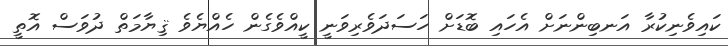
ކައިވެނިކުރާ އަނބިންނަށް އެހައި ބޮޑަށް ހަސަދަވެރިވަނީ ކީއްވެގެން ހެއްޔެވެ ޤިޔާމަތް ދުވަސް އޮތީ